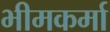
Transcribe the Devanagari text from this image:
भीमकर्मा